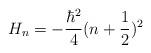
LaTeX: \begin{align*}H_{n}=-\frac{\hbar ^{2}}{4}(n+\frac{1}{2})^{2}\end{align*}